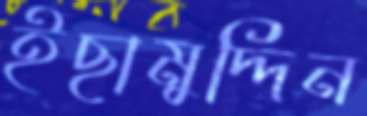
ইছামুদ্দিন